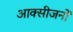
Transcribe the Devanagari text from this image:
आक्सीजनों